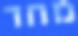
מחד